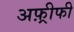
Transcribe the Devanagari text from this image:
अफ़्रीफी